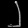
Digit: ၂